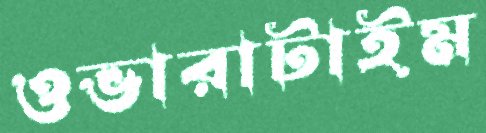
ওভারাটাইম